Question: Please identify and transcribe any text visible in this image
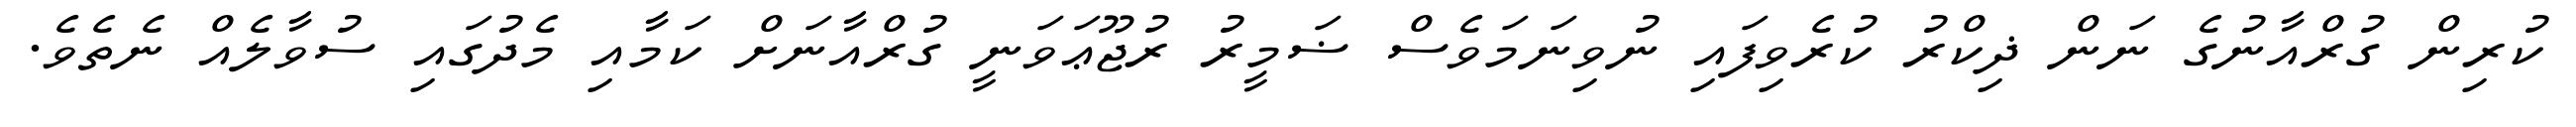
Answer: ކުރިން ގުރްއާނުގެ ނަން ޛިކްރު ކުރެވިފައި ނުވިނަމަވެސް ޟަމީރު ރުޖޫޢަވަނީ ގުރްއާނަށް ކަމާއި މެދުގައި ސުވާލެއް ނެތެވެ.